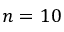
n = 1 0